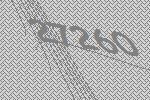
27260